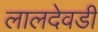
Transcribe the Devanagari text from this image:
लालदेवडी